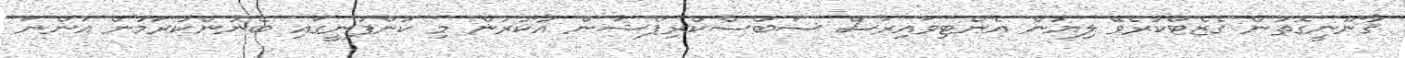
ޤާނޫނީގޮތުން ގެޒެޓްކުރެވޭ ލިޔުން އެންޓިވައިރަސް ސަބްސްކްރިޕްޝަން އާކުރުން މި ކުންފުނީގައި ބޭނުންކުރަމުން އަންނަ